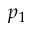
p _ { 1 }